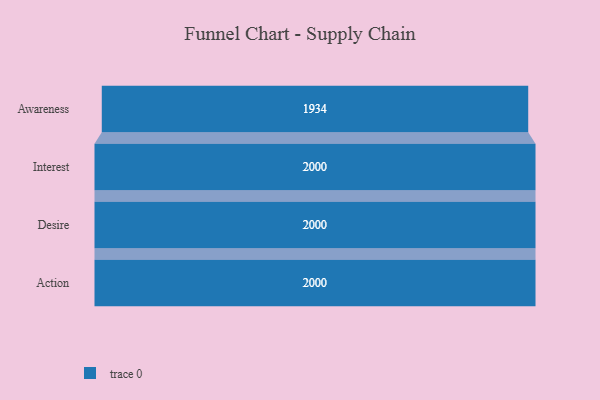
{"axis": {"x": "Stage", "y": "Value"}, "legend": [""], "data": [{"x": "Awareness", "y": 1934.0, "type": ""}, {"x": "Interest", "y": 2000, "type": ""}, {"x": "Desire", "y": 2000, "type": ""}, {"x": "Action", "y": 2000, "type": ""}]}